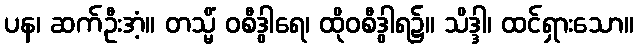
ပန၊ ဆက်ဦးအံ့။ တသ္မိံ ဝစီဒွါရေ၊ ထိုဝစီဒွါရ၌။ သိဒ္ဒါ၊ ထင်ရှားသော။